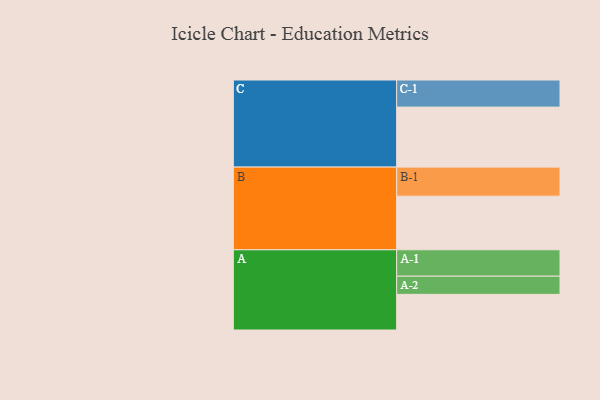
{"axis": {"x": "Segment", "y": "Value"}, "legend": ["", "A", "B", "C"], "data": [{"x": "A", "y": 351, "type": ""}, {"x": "B", "y": 528, "type": ""}, {"x": "C", "y": 591, "type": ""}, {"x": "A-1", "y": 260, "type": "A"}, {"x": "A-2", "y": 179, "type": "A"}, {"x": "B-1", "y": 286, "type": "B"}, {"x": "C-1", "y": 267, "type": "C"}]}